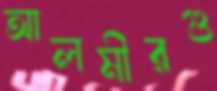
আলমীরগু